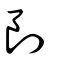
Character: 剆